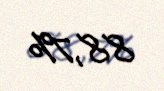
88,7%